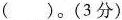
()。(3分)